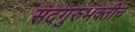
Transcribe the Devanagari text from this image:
सदगुरुभक्तीचे